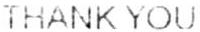
THANK YOU